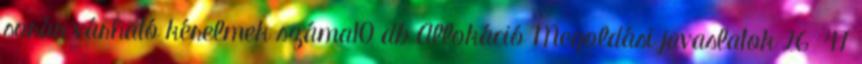
során várható kérelmek száma10 db Allokáció Megoldási javaslatok 26 47